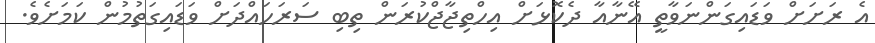
އެ ރަށަށް ވަޑައިގަންނަވާތީ އޭނާއާ ދެކޮޅަށް އިހްތިޖާޖްކުރަން ތިބި ސަރަހައްދަށް ވަޑައިގަތުމުން ކަމަށެވެ.